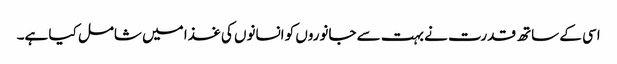
اسی کے ساتھ قدرت نے بہت سے جانوروں کو انسانوں کی غذا میں شامل کیا ہے۔